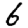
Digit: 6